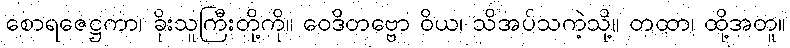
စောရဇေဋ္ဌကာ၊ ခိုးသူကြီးတို့ကို။ ဝေဒိတဗ္ဗော ဝိယ၊ သိအပ်သကဲ့သို့။ တထာ၊ ထို့အတူ။